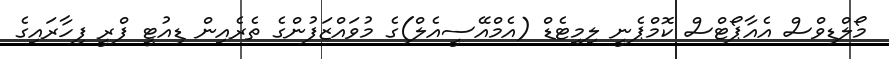
މޯލްޑިވްސް އެއާޕޯޓްސް ކޮމްޕެނީ ލިމިޓެޑް (އެމްއޭސީއެލް)ގެ މުވައްޒަފުންގެ ތެރެއިން ޑިއުޓީ ފްރީ ފިހާރައިގެ